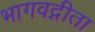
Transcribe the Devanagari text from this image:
भागवद्गीता